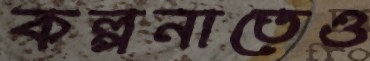
কল্পনাতেও